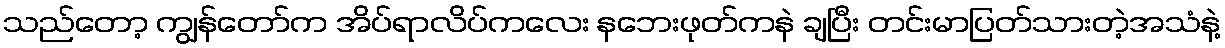
သည်တော့ ကျွန်တော်က အိပ်ရာလိပ်ကလေး နဘေးဖုတ်ကနဲ ချပြီး တင်းမာပြတ်သားတဲ့အသံနဲ့